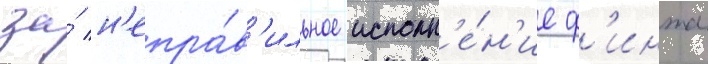
за́ н'епра́в'ильное исполн'е́н'ие ф'инта